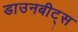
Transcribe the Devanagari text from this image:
डाउनबीट्स